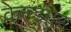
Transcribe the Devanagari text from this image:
केल्झार